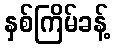
နှစ်ကြိမ်ခန့်